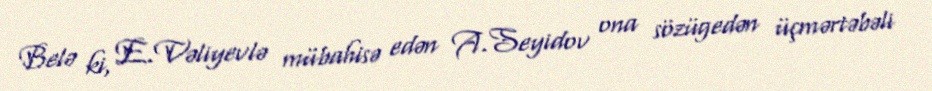
Belə ki, E.Vəliyevlə mübahisə edən A.Seyidov ona sözügedən üçmərtəbəli